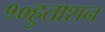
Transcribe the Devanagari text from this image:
१०हुताशन